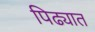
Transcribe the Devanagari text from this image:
पिढ्यात